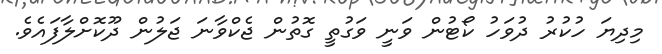
މިދިޔަ ހުކުރު ދުވަހު ކޯޓުން ވަނީ ވަގުތީ ގޮތުން ޖެކްވާނަ ޖަލުން ދޫކޮށްލާފައެވެ.